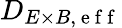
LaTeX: D_{E\times B,\mathrm{~e~f~f~}}